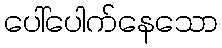
ပေါ်ပေါက်နေသော